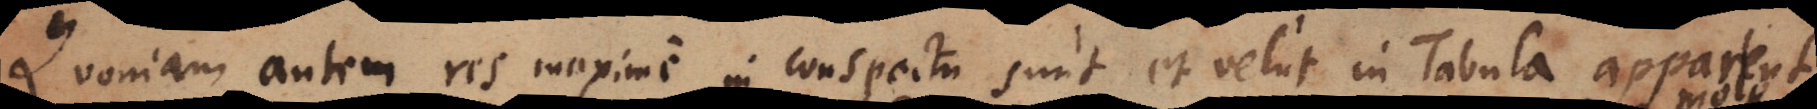
Quoniam autem res maxime in conspectu sunt et velut in Tabula apparent